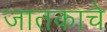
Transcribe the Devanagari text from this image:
जातकाचे